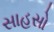
સાહસો